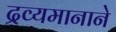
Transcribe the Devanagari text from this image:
द्रव्यमानाने